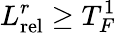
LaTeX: L_{\mathrm{rel}}^{r}\geq T_{F}^{1}